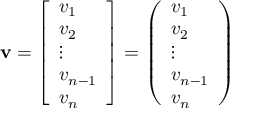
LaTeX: \mathbf { v } = \left[ { \begin{array} { l } { v _ { 1 } } \\ { v _ { 2 } } \\ { \vdots } \\ { v _ { n - 1 } } \\ { v _ { n } } \end{array} } \right] = \left( { \begin{array} { l } { v _ { 1 } } \\ { v _ { 2 } } \\ { \vdots } \\ { v _ { n - 1 } } \\ { v _ { n } } \end{array} } \right)